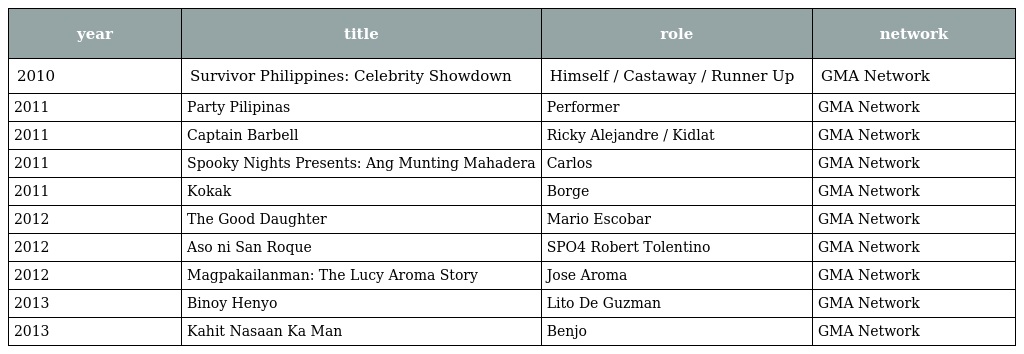
| year | title | role | network |
 | --- | --- | --- | --- |
 | 2010 | Survivor Philippines: Celebrity Showdown | Himself / Castaway / Runner Up | GMA Network |
 | 2011 | Party Pilipinas | Performer | GMA Network |
 | 2011 | Captain Barbell | Ricky Alejandre / Kidlat | GMA Network |
 | 2011 | Spooky Nights Presents: Ang Munting Mahadera | Carlos | GMA Network |
 | 2011 | Kokak | Borge | GMA Network |
 | 2012 | The Good Daughter | Mario Escobar | GMA Network |
 | 2012 | Aso ni San Roque | SPO4 Robert Tolentino | GMA Network |
 | 2012 | Magpakailanman: The Lucy Aroma Story | Jose Aroma | GMA Network |
 | 2013 | Binoy Henyo | Lito De Guzman | GMA Network |
 | 2013 | Kahit Nasaan Ka Man | Benjo | GMA Network |